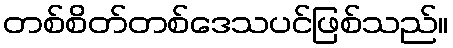
တစ်စိတ်တစ်ဒေသပင်ဖြစ်သည်။